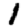
Digit: 1